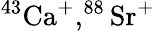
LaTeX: ^{43}\mathrm{{Ca}^{+},^{88}\mathrm{{Sr}^{+}}}